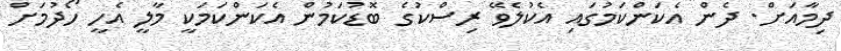
ދިމާއަށް. ދެން އެކަންކަމުގައި އެކުލެވޭ ރިސްކުގެ ބޮޑުކަމުން އެކަންކަމަކީ މާލީ އެހީ ހޯދުމަށް